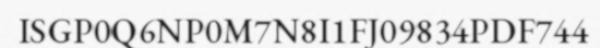
ISGP0Q6NP0M7N8I1FJ09834PDF744